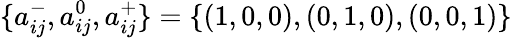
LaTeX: \{ a_{ij}^{-},a_{ij}^{0},a_{ij}^{+}\} =\{ (1,0,0),(0,1,0),(0,0,1)\}